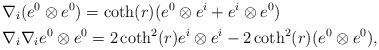
LaTeX: \begin{align*}&\nabla_{i}(e^{0}\otimes e^{0})=\coth(r)(e^{0}\otimes e^{i}+e^{i}\otimes e^{0})\\&\nabla_{i}\nabla_{i} e^{0}\otimes e^{0}=2\coth^{2}(r)e^{i}\otimes e^{i}-2\coth^{2}(r)(e^{0}\otimes e^{0}),\end{align*}